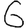
Digit: 6